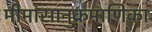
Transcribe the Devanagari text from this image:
मीमांसानुक्रमाणिका